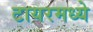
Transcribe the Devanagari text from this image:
टायरमध्ये